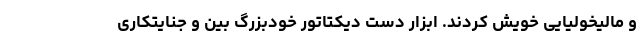
و مالیخولیایی خویش کردند. ابزار دست دیکتاتور خودبزرگ بین و جنایتکاری